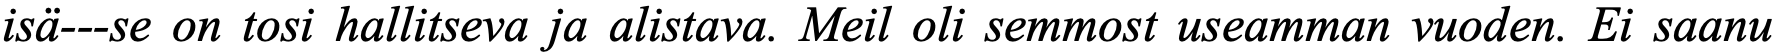
isä---se on tosi hallitseva ja alistava. Meil oli semmost useamman vuoden. Ei saanu